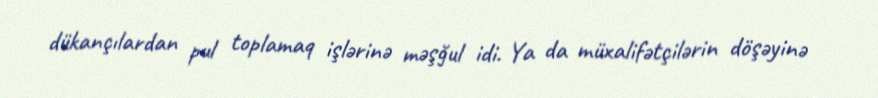
dükançılardan pul toplamaq işlərinə məşğul idi. Ya da müxalifətçilərin döşəyinə